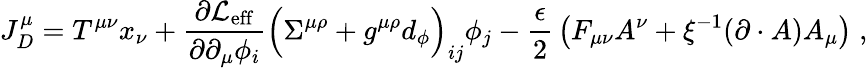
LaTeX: J_{D}^{\mu}=T^{\mu\nu}x_{\nu}+{\frac{\partial{\cal L}_{\mathrm{eff}}}{\partial\partial_{\mu}\phi_{i}}}\Big(\Sigma^{\mu\rho}+g^{\mu\rho}d_{\phi}\Big)_{ij}\phi_{j}-{\frac{\epsilon}{2}}\left(F_{\mu\nu}A^{\nu}+\xi^{-1}(\partial\cdot A)A_{\mu}\right)\; ,